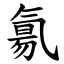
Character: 氱